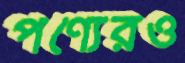
পণ্যেরও